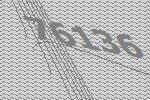
76136